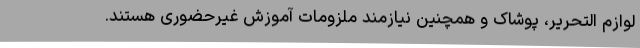
لوازم التحریر، پوشاک و همچنین نیازمند ملزومات آموزش غیرحضوری هستند.